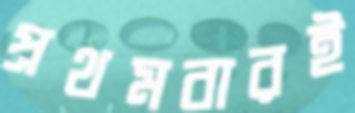
প্রথমবারই